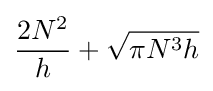
{\frac {2N^{2}}{h}}+{\sqrt {\pi N^{3}h}}